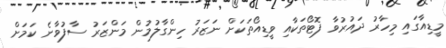
މީޑިއާގައި މިހާރު ދައުރުވާ ފޮޓޯތަކާއި ވީޑިއޯތަކަށް ނަޒަރު ހިންގާލުމުން މަންޒަރު ސާފުވާނެ ކަމަށް